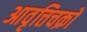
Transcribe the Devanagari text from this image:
आवृत्तिचक्रों